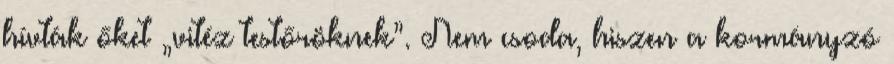
hívták őket „vitéz testőröknek”. Nem csoda, hiszen a kormányzó